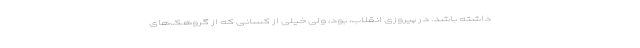
داشته باشد. در پیروزی انقلاب، بود، ولی خیلی از کسانی که از گروهک‌های